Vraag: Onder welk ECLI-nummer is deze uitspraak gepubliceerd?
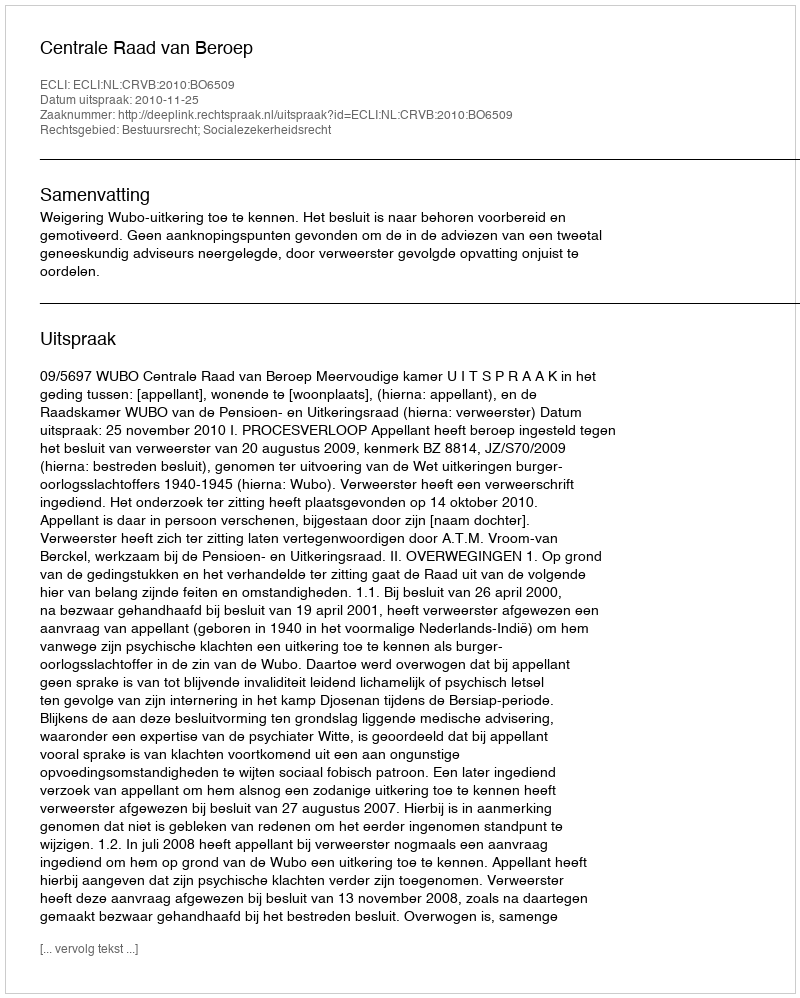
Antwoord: ECLI:NL:CRVB:2010:BO6509